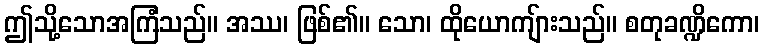
ဤသို့သောအကြံသည်။ အဿ၊ ဖြစ်၏။ သော၊ ထိုယောကျ်ားသည်။ စတုခဏ္ဍိကော၊